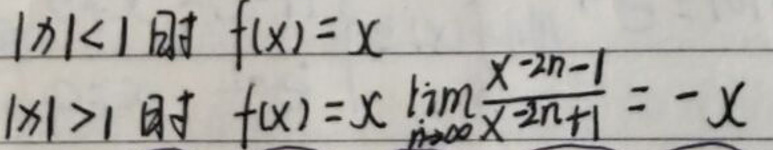
\(|x| < 1 \)时\(,& f(x)=x\)\\
\(|x| > 1 \)时\(,& f(x)=x\)\lim_{n\rightarrow\infty}\frac{x^{-2n}-1}{x^{-2n}+1}=-x